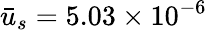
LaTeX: \bar{u}_{s}=5.03\times{10^{-6}}